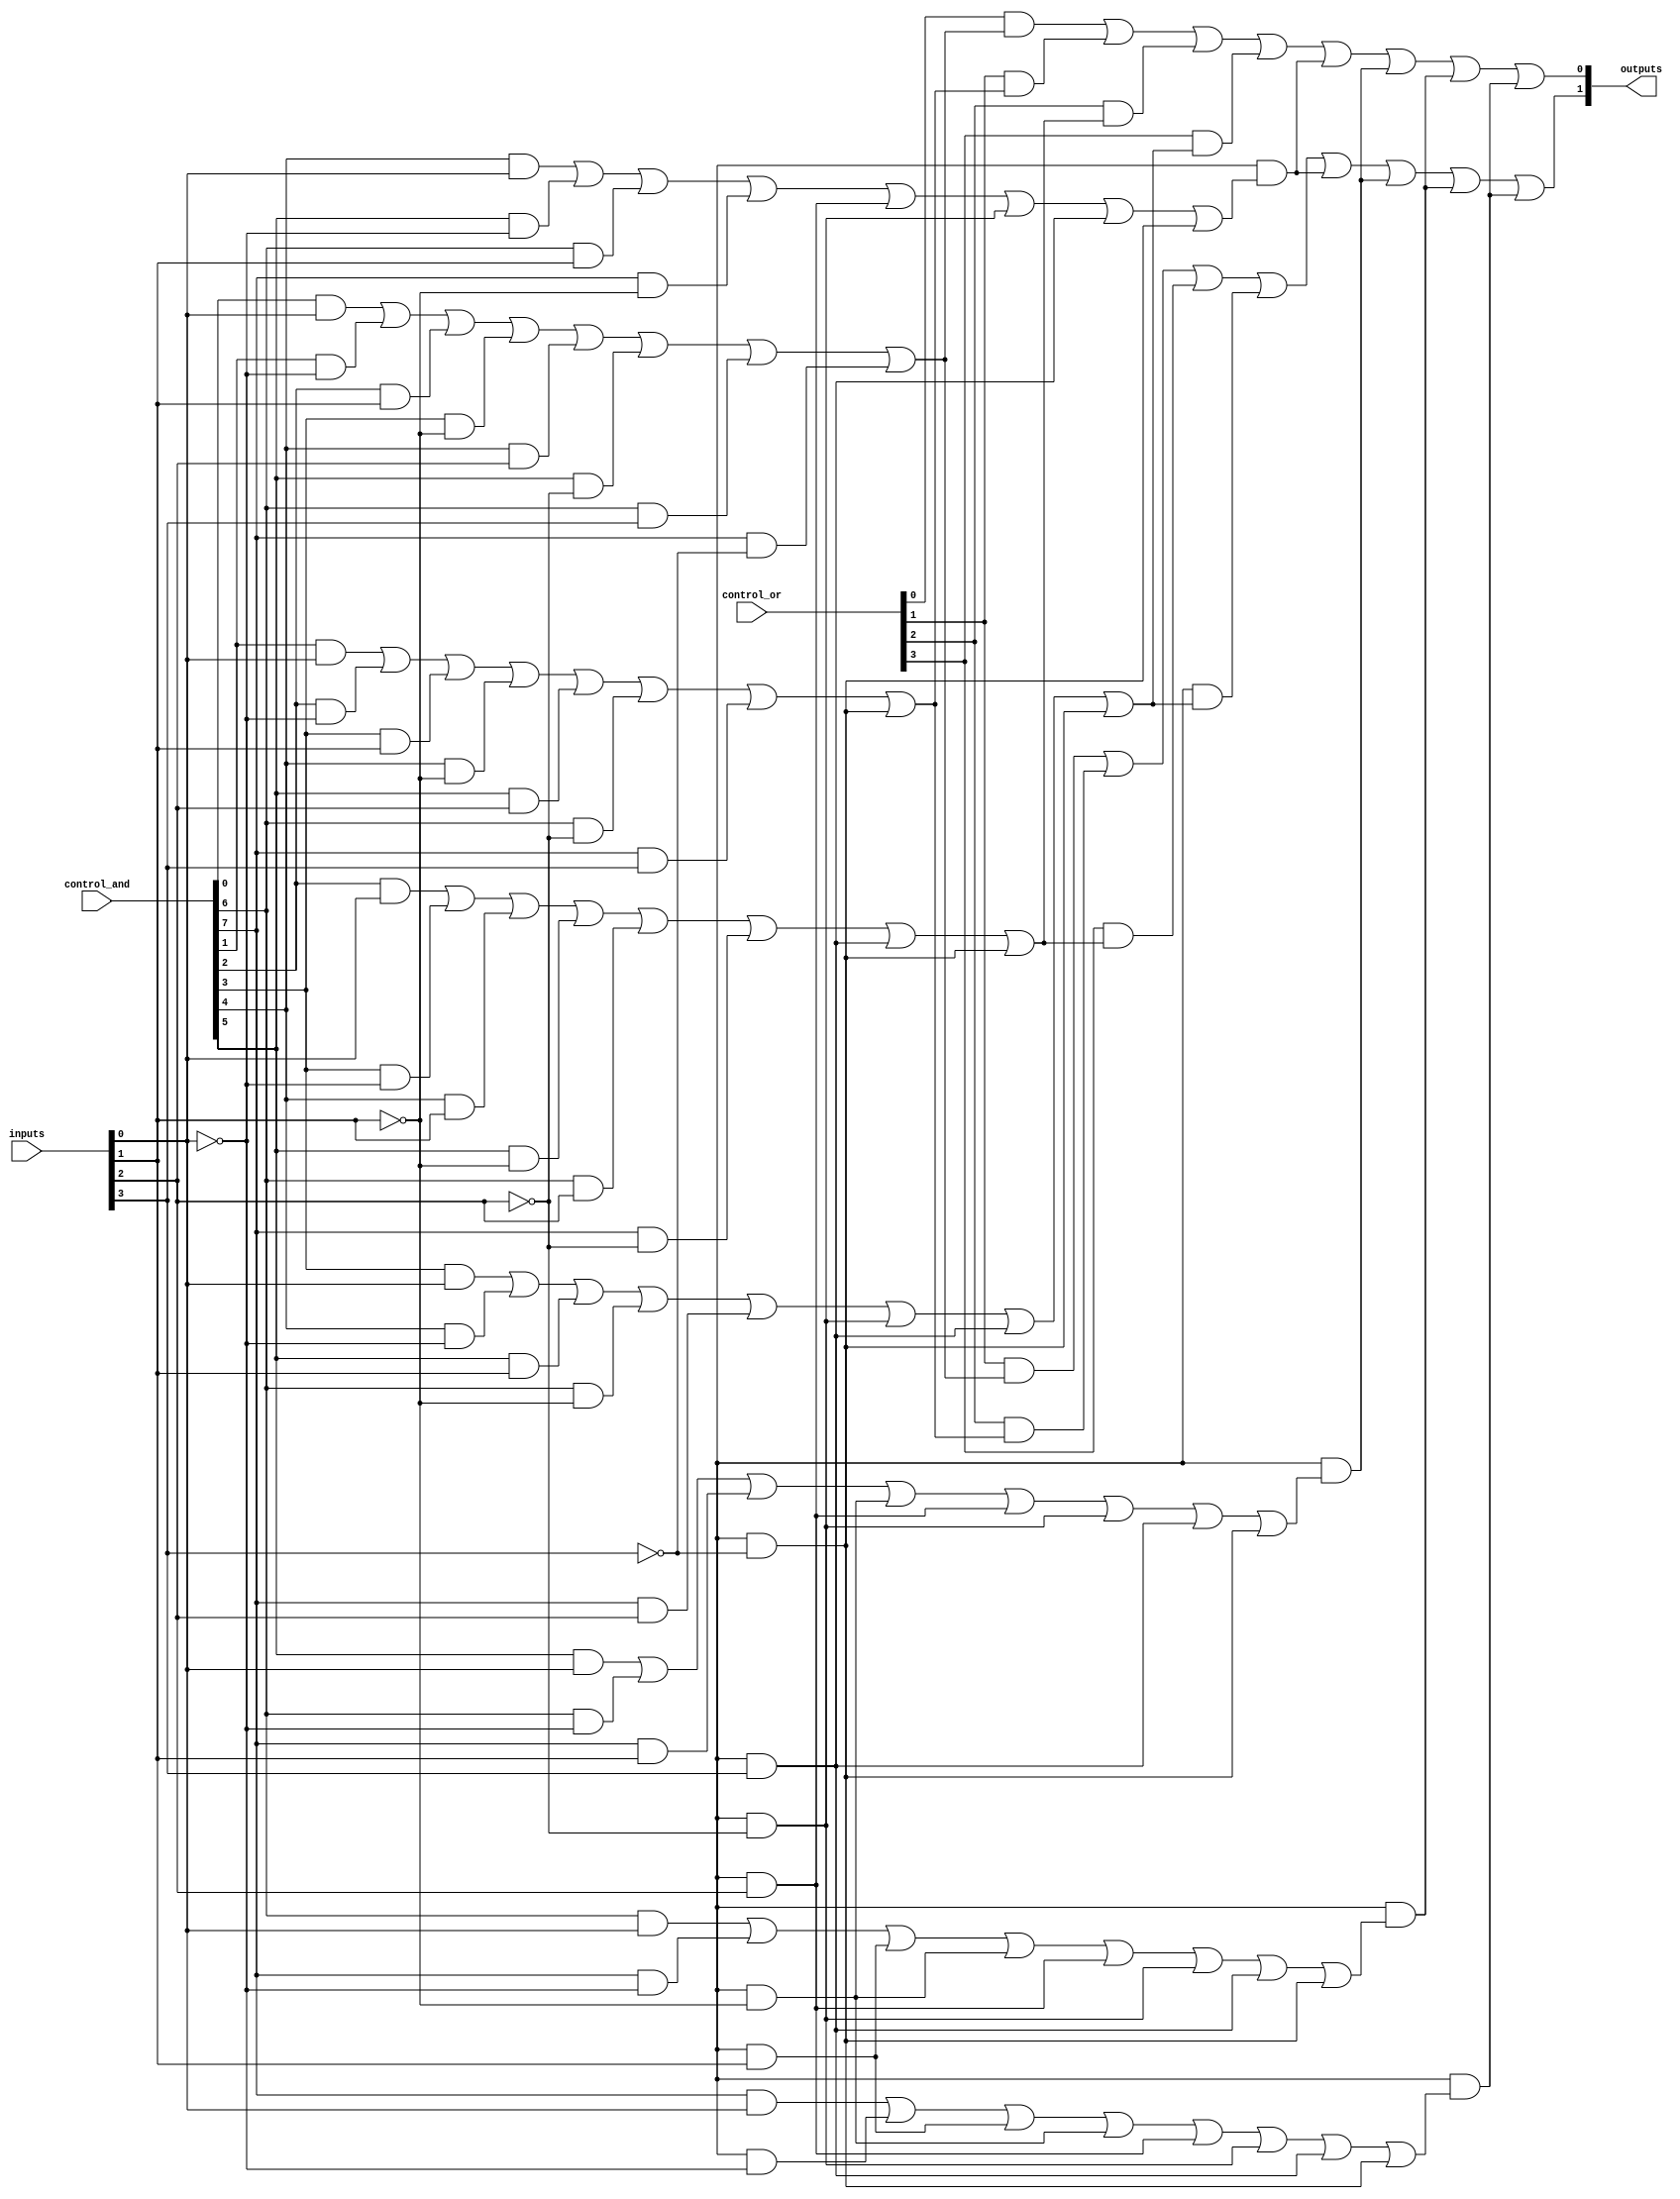
module PLA (
    input wire [N-1:0] inputs,       // N input signals
    input wire [M-1:0] control_and,   // Control signals for AND plane
    input wire [P-1:0] control_or,    // Control signals for OR plane
    output wire [O-1:0] outputs       // O output signals
);

// Parameters
parameter N = 4;                    // Number of inputs
parameter M = 8;                    // Number of AND gates (product terms)
parameter P = 4;                    // Number of OR gates
parameter O = 2;                    // Number of outputs

// Internal wires for product terms
wire [M-1:0] product_terms;         // Product term outputs from AND plane

// AND Plane: Generate product terms
genvar i, j;
generate
    for (i = 0; i < M; i = i + 1) begin : and_plane
        assign product_terms[i] = 
            (control_and[i] & inputs[0]) |
            (control_and[i + 1] & ~inputs[0]) |
            (control_and[i + 2] & inputs[1]) |
            (control_and[i + 3] & ~inputs[1]) |
            (control_and[i + 4] & inputs[2]) |
            (control_and[i + 5] & ~inputs[2]) |
            (control_and[i + 6] & inputs[3]) |
            (control_and[i + 7] & ~inputs[3]);
    end
endgenerate

// OR Plane: Combine product terms to generate outputs
generate
    for (j = 0; j < O; j = j + 1) begin : or_plane
        assign outputs[j] = 
            (control_or[j] & product_terms[0]) |
            (control_or[j + 1] & product_terms[1]) |
            (control_or[j + 2] & product_terms[2]) |
            (control_or[j + 3] & product_terms[3]) |
            (control_or[j + 4] & product_terms[4]) |
            (control_or[j + 5] & product_terms[5]) |
            (control_or[j + 6] & product_terms[6]) |
            (control_or[j + 7] & product_terms[7]);
    end
endgenerate

endmodule